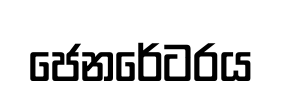
ජෙනරේටරය